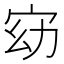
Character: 𫳀